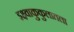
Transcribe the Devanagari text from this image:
इक्ष्वाकुकुलातला